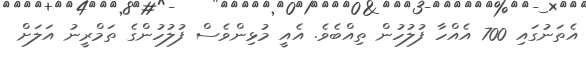
އެތަނުގައި 700 އެއްހާ ފުލުހުން ތިއްބެވެ. އެއީ މުޅިންވެސް ފުލުހުންގެ ތަމްރީނު އަލަށް